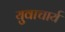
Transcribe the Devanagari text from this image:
युवाचार्य